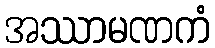
အဿာမဏကံ